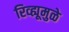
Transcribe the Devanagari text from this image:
रिव्ह्यूमुळे